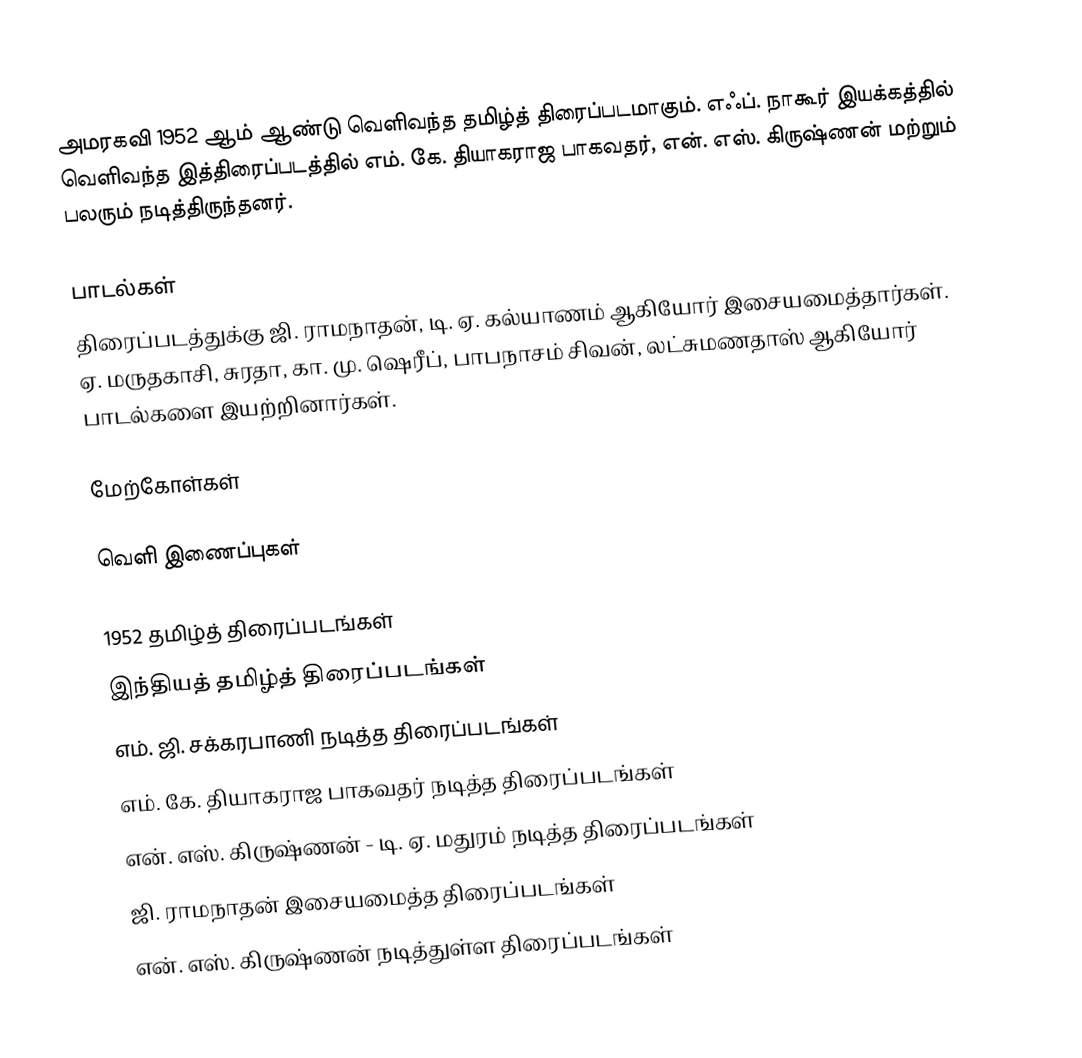
அமரகவி 1952 ஆம் ஆண்டு வெளிவந்த தமிழ்த் திரைப்படமாகும். எஃப். நாகூர் இயக்கத்தில் வெளிவந்த இத்திரைப்படத்தில் எம். கே. தியாகராஜ பாகவதர், என். எஸ். கிருஷ்ணன் மற்றும் பலரும் நடித்திருந்தனர்.

பாடல்கள்
திரைப்படத்துக்கு ஜி. ராமநாதன், டி. ஏ. கல்யாணம் ஆகியோர் இசையமைத்தார்கள். ஏ. மருதகாசி, சுரதா, கா. மு. ஷெரீப், பாபநாசம் சிவன், லட்சுமணதாஸ் ஆகியோர் பாடல்களை இயற்றினார்கள்.

மேற்கோள்கள்

வெளி இணைப்புகள்

1952 தமிழ்த் திரைப்படங்கள்
இந்தியத் தமிழ்த் திரைப்படங்கள்
எம். ஜி. சக்கரபாணி நடித்த திரைப்படங்கள்
எம். கே. தியாகராஜ பாகவதர் நடித்த திரைப்படங்கள்
என். எஸ். கிருஷ்ணன் - டி. ஏ. மதுரம் நடித்த திரைப்படங்கள்
ஜி. ராமநாதன் இசையமைத்த திரைப்படங்கள்
என். எஸ். கிருஷ்ணன் நடித்துள்ள திரைப்படங்கள்